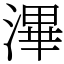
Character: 滭